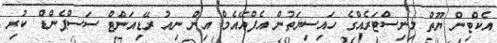
އެކްޓިން ޔޫތް މިނިސްޓަރެއްގެ ހައިސިޔަތުން އެފްއޭއެމް އިން ނިއު ރޭޑިއަންޓް ސަސްޕެންޑް ކުރި